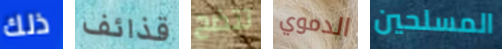
ذلك قذائف تتضح الدموي المسلحين